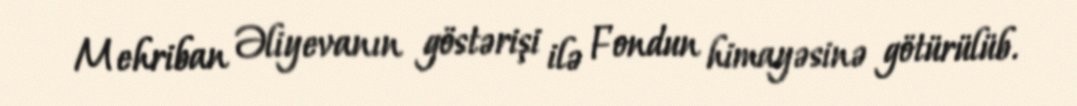
Mehriban Əliyevanın göstərişi ilə Fondun himayəsinə götürülüb.